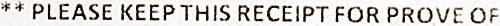
** PLEASE KEEP THIS RECEIPT FOR PROVE OF